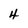
Character: 4